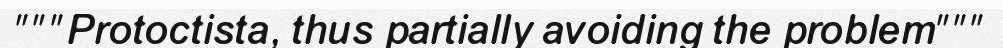
"""Protoctista, thus partially avoiding the problem"""